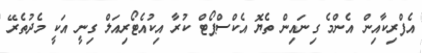
އެފްރިކާއިން އެންމެ ގިނައިން ތެޔޮ އެކްސްޕޯޓް ކުރާ އިކުއެޓޯރިއަލް ގިނީ އަކީ މެދުތެރޭ